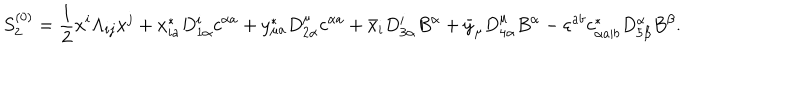
LaTeX: S _ { 2 } ^ { ( 0 ) } = { \frac { 1 } { 2 } } x ^ { i } \Lambda _ { i j } x ^ { j } + x _ { i a } ^ { * } D _ { 1 \alpha } ^ { i } c ^ { \alpha a } + y _ { \mu a } ^ { * } D _ { 2 \alpha } ^ { \mu } c ^ { \alpha a } + \bar { x } _ { i } D _ { 3 \alpha } ^ { i } B ^ { \alpha } + \bar { y } _ { \mu } D _ { 4 \alpha } ^ { \mu } B ^ { \alpha } - \varepsilon ^ { a b } c _ { \alpha a | b } ^ { * } D _ { 5 \beta } ^ { \alpha } B ^ { \beta } .